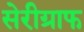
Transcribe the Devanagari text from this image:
सेरीग्राफ